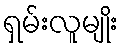
ရှမ်းလူမျိုး